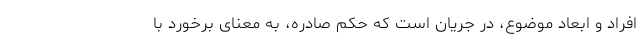
افراد و ابعاد موضوع، در جریان است که حکم صادره، به معنای برخورد با